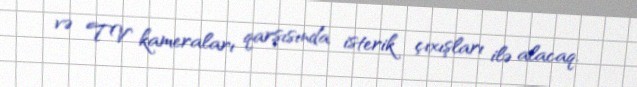
və TV kameraları qarşısında isterik çıxışları ilə alacaq.